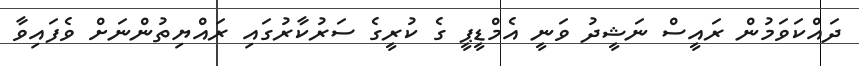
ދައްކަވަމުން ރައީސް ނަޝީދު ވަނީ އެމްޑީޕީ ގެ ކުރީގެ ސަރުކާރުގައި ރައްޔިތުންނަށް ވެފައިވާ